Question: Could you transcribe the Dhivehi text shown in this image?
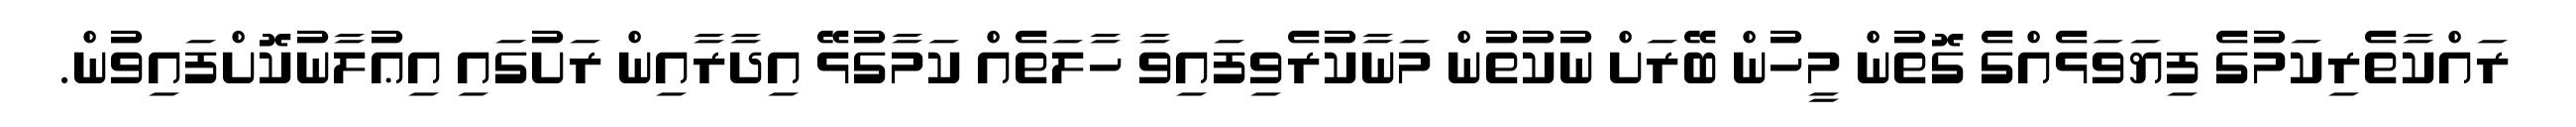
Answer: ރައްކާތެރިކަމުގެ ފިޔަވަޅެއްގެ ގޮތުން މީހުން ބޭރަށް ނުކުތުން މަނާކުރެވިފައިވާ ހާލަތެއް ކަމާގުޅޭ އިދާރާއިން ރަށުގައި އިޢުލާނުކޮށްފައިވުން.